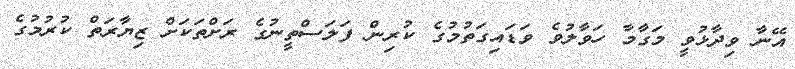
އޭނާ ވިދާޅުވީ މަގާމާ ހަވާލުވެ ވަޑައިގަތުމުގެ ކުރިން ފަލަސްތީނުގެ ރަށްތަކަށް ޒިޔާރަތް ކުރުމުގެ